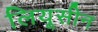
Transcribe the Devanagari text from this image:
लियूसीन